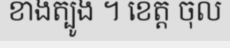
ខាងត្បូង ។ ខេត្ត ចុល